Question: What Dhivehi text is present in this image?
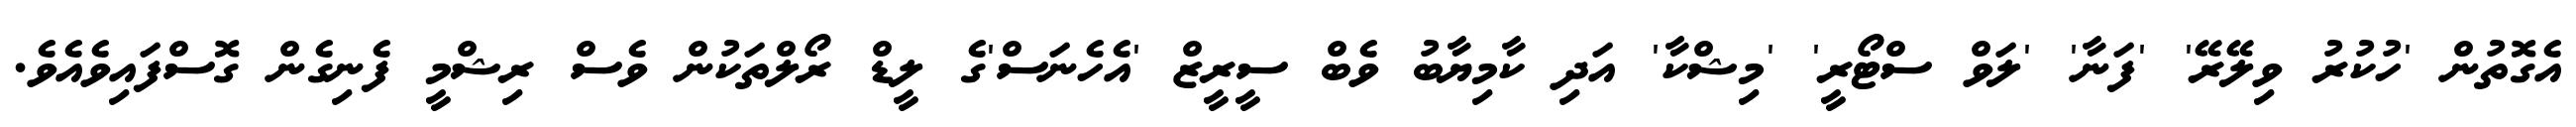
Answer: އެގޮތުން 'ހުކުރު ވިލޭރޭ' 'ފަނާ' 'ލަވް ސްޓޯރީ' 'މިޝްކާ' އަދި ކާމިޔާބު ވެބް ސީރީޒް 'އެހެނަސް'ގެ ލީޑް ރޯލްތަކުން ވެސް ރިޝްމީ ފެނިގެން ގޮސްފައިވެއެވެ.